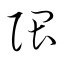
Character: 隈